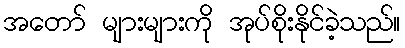
အတော် များများကို အုပ်စိုးနိုင်ခဲ့သည်။